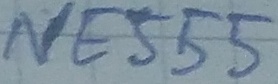
Text: NE555